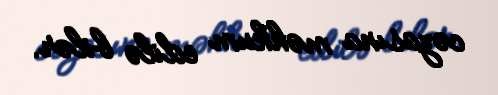
cəzasına məhkum edilə bilər.